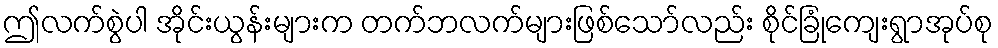
ဤလက်စွဲပါ အိုင်းယွန်းများက တက်ဘလက်များဖြစ်သော်လည်း စိုင်ခြုံကျေးရွာအုပ်စု